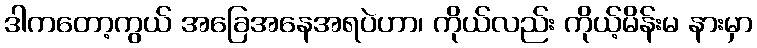
ဒါကတော့ကွယ် အခြေအနေအရပဲဟာ၊ ကိုယ်လည်း ကိုယ့်မိန်းမ နားမှာ